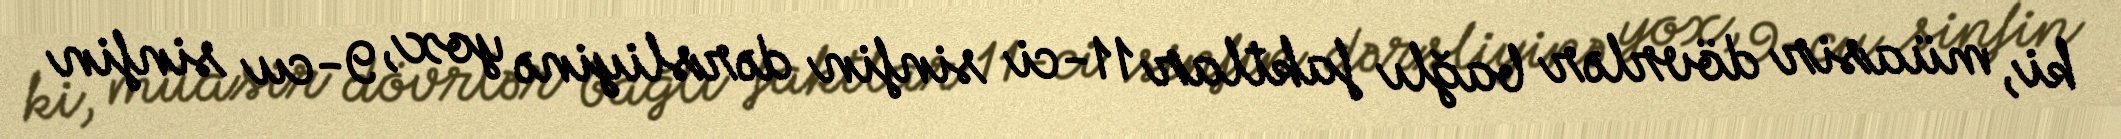
ki, müasir dövrlər bağlı faktlar 11-ci sinfin dərsliyinə yox, 9-cu sinfin